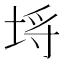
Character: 埓